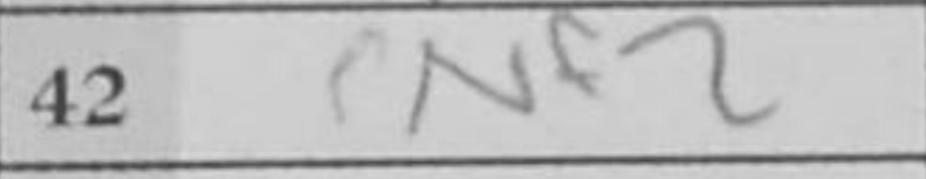
Transcription: Nf2